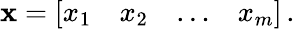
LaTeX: {\boldsymbol{\mathbf{x}}}={\left[\begin{array}{llll}{x_{1}}&{x_{2}}&{\dots}&{x_{m}}\end{array}\right]}\, .